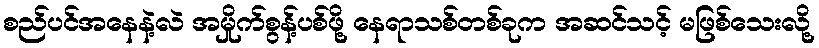
စည်ပင်အနေနဲ့လဲ အမှိုက်စွန့်ပစ်ဖို့ နေရာသစ်တစ်ခုက အဆင်သင့် မဖြစ်သေးလို့